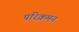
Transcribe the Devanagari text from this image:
परिक्रमन